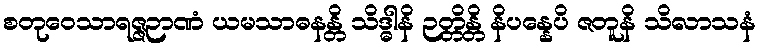
စတုဝေသာရဇ္ဇဉာဏံ ယမသာဓနန္တိ သိဒ္ဓါနိ ဉတ္တိန္တိ နိပန္နေပိ ဇတူနိ သိလာသနံ